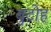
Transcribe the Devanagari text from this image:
बुटोह